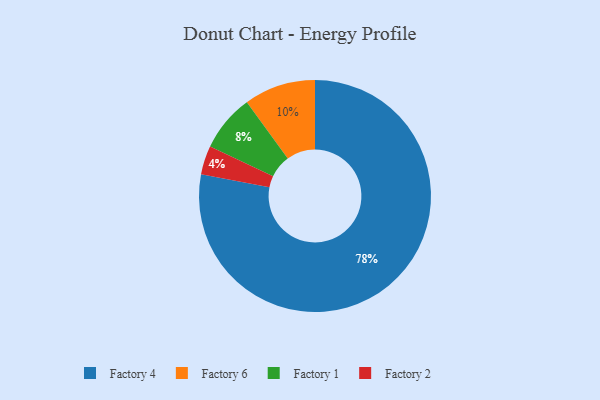
{"axis": {"x": "Category", "y": "Percentage"}, "legend": ["Factory 1", "Factory 2", "Factory 4", "Factory 6"], "data": [{"x": "Factory 2", "y": 4, "type": "Factory 2"}, {"x": "Factory 6", "y": 10, "type": "Factory 6"}, {"x": "Factory 4", "y": 78, "type": "Factory 4"}, {"x": "Factory 1", "y": 8, "type": "Factory 1"}]}